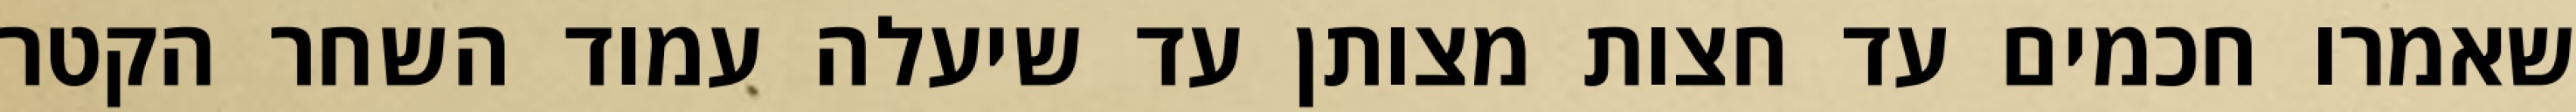
שאמרו חכמים עד חצות מצותן עד שיעלה עמוד השחר הקטר